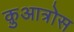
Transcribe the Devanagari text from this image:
क़ुआत्रोस